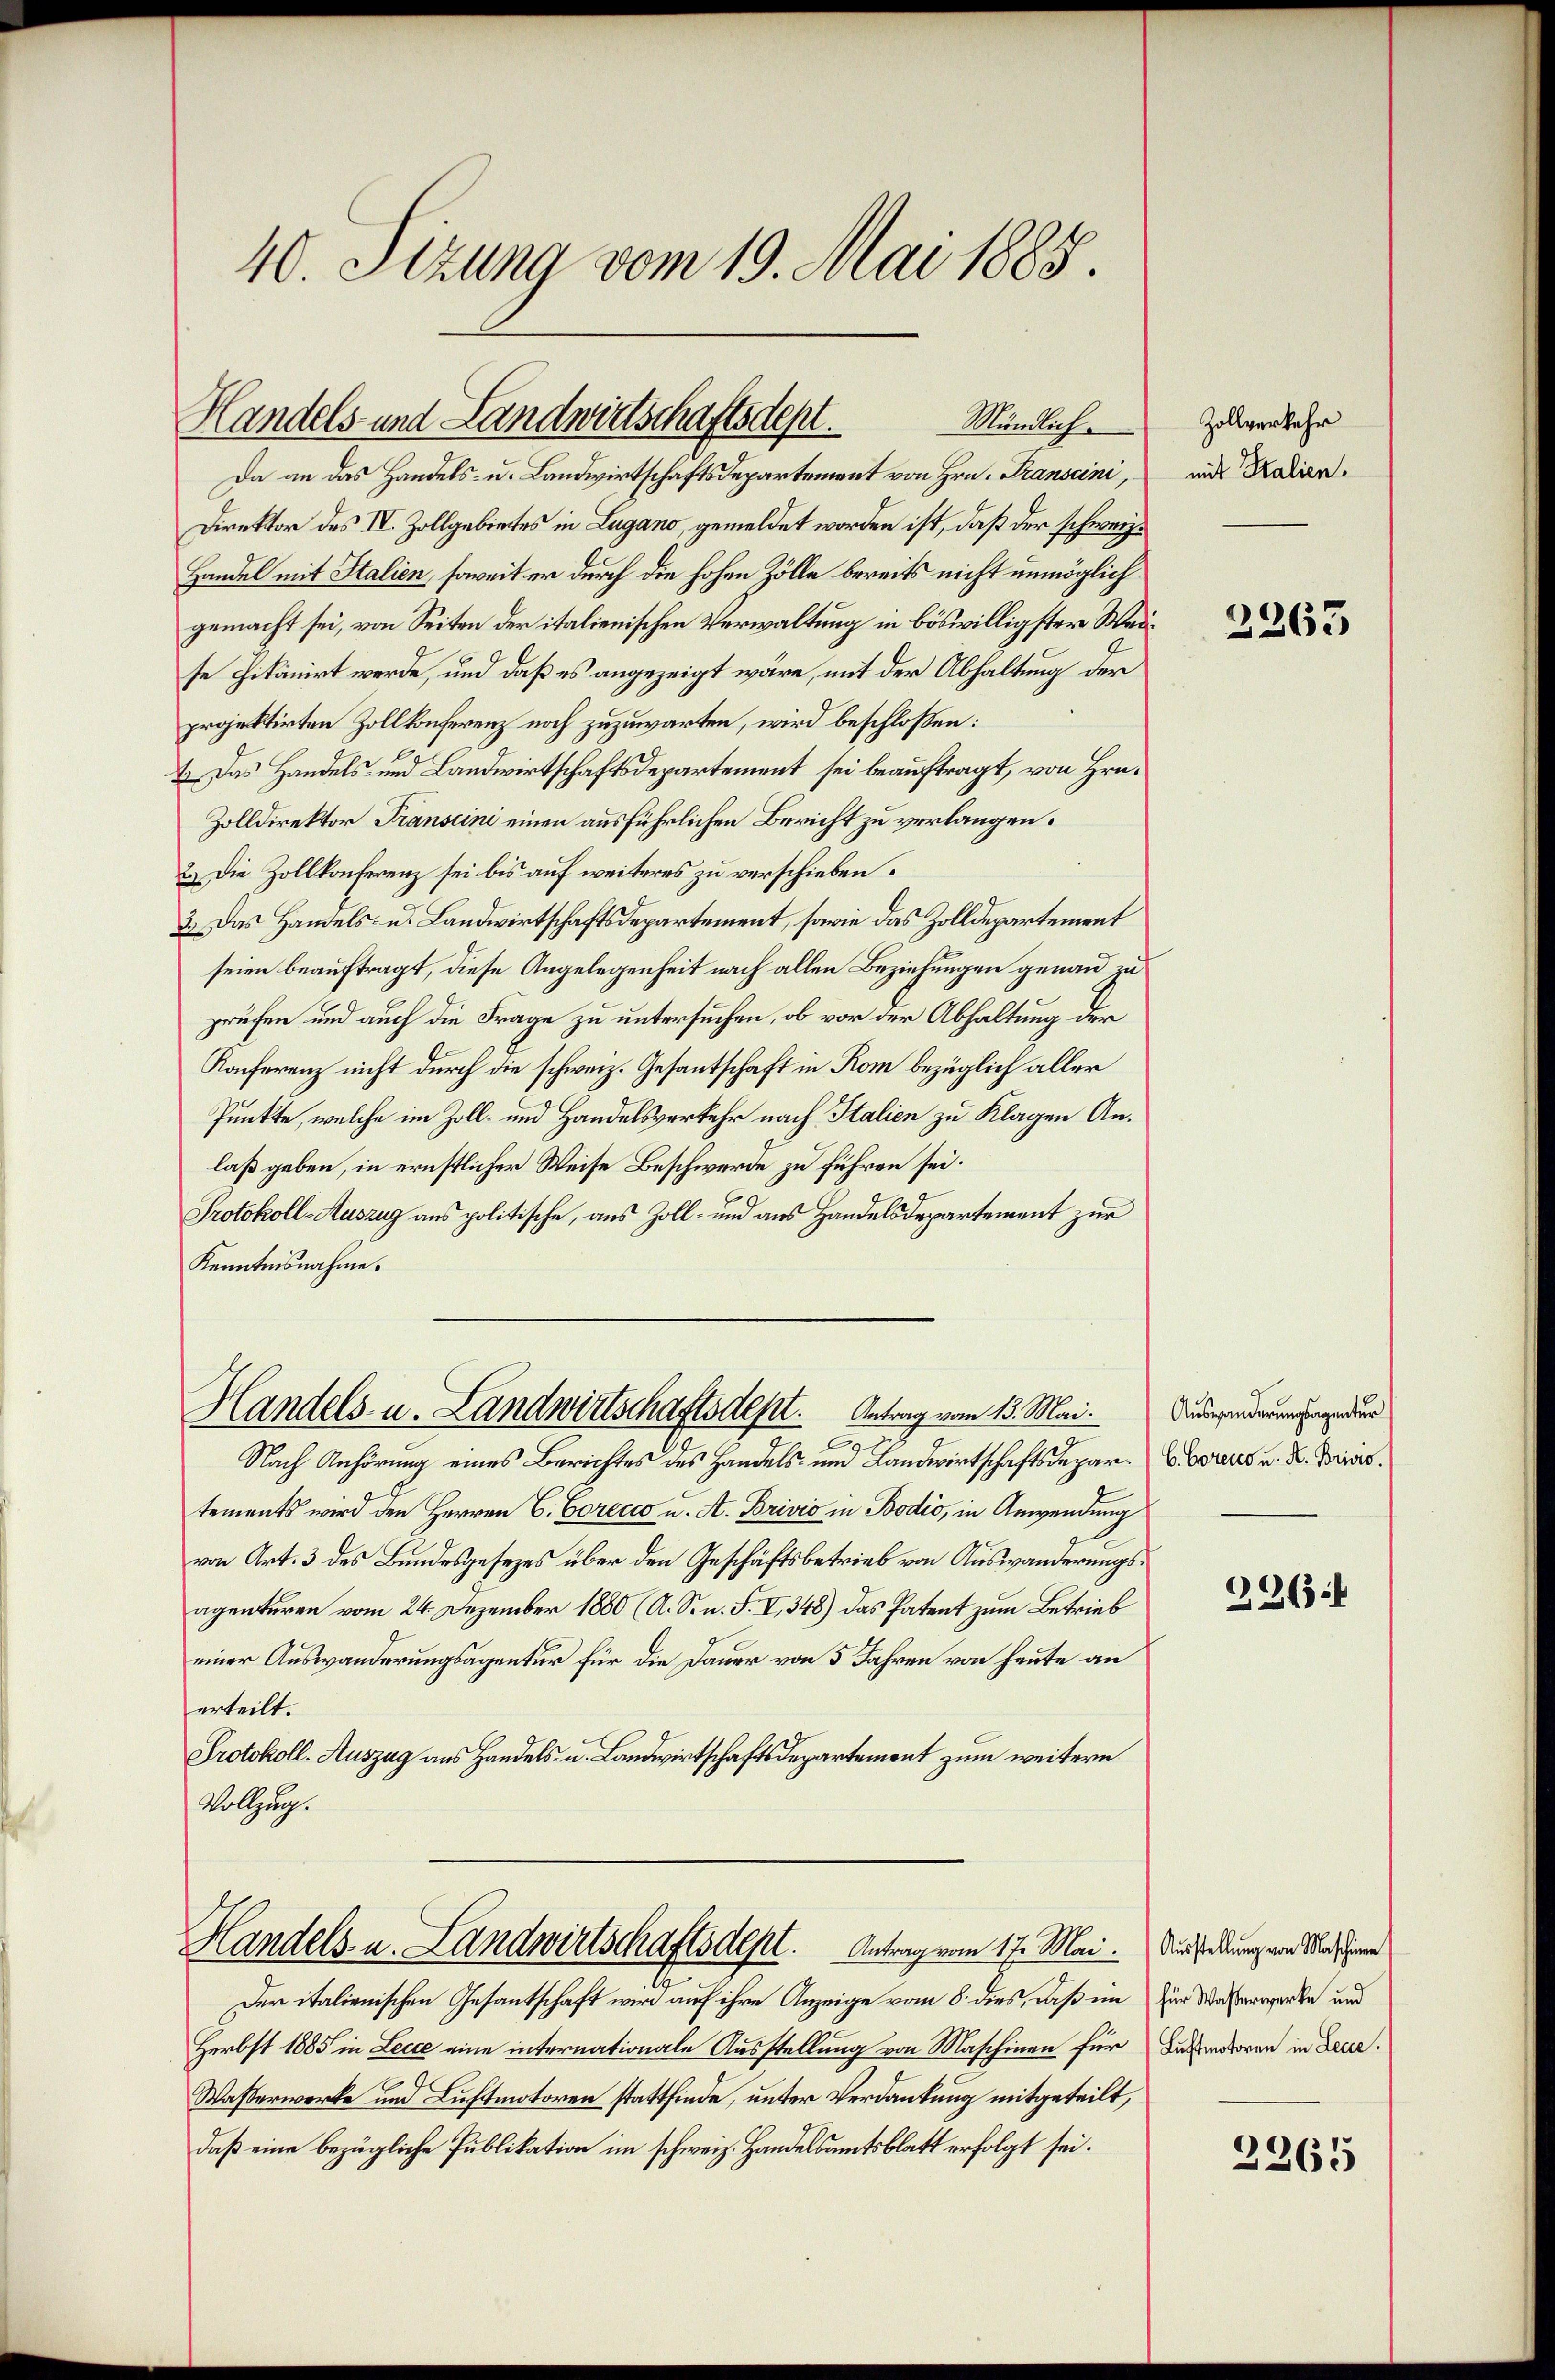
40. Sizung vom 19. Mai 1885.

Da an das Handels- u. Landwirtschaftsdepartement von Hrn. Transcini,
Direktor des IV. Zollgebietes in Lugano, gemeldet worden ist, daß der schweiz.
Handel mit Italien, soweit er durch die hohen Zölle bereits nicht unmöglich
gemacht sei, von Seiten der italienischen Verwaltung in böswilligster Weise citanirt werde, und daß es angezeigt wäre, mit der Abhaltung der
projektirten Zollkonferenz noch zuzuwarten, wird beschlossen:
t. Das Handels- und Landwirtschaftsdepartement sei beauftragt, von Hrn.
Zolldirektor Transcini einen ausführlichen Bericht zu verlangen.
2.) Die Zollkonferenz sei bis auf weiteres zu verschieben.
2.) Das Handels- u. Landwirtschaftsdepartement, sowie das Zolldepartement
seien beauftragt, diese Angelegenheit nach allen Beziehungen genau zu
prüfen und auch die Frage zu untersuchen, ob vor der Abhaltung der
Konferenz nicht durch die schweiz. Gesantschaft in Rom bezüglich aller
Punkte, welche im Zoll- und Handelsverkehr nach Italien zu Klagen Anlaß geben, in ernstlicher Weise Beschwerde zu führen sei.
Protokoll-Auszug aus politische, aus Zoll- und aus Handelsdepartement zur
Kenntnisnahme.

Handels- und Landwirtschaftsdept.
Mündlich

Handels- u. Landwirtschaftsdept.   Antrag vom 13. Mai.

Nach Anhörung eines Berichtes des Handels- und Landwirtschaftsdepar. Borers u. a. Dies
tements wird den Herren C. Corecco u. A. Brivio in Bodio, in Anwendung
von Art. 3 des Bundesgesezes über den Geschäftsbetrieb von Auswanderungsagenturen vom 24. Dezember 1880 (A. S. n. F. II, 348) das Patent zum Betrieb
einer Auswanderungsagentur für die Dauer von 5 Jahren von heute an
erteilt.
Protokoll. Auszug aus Handels- u. Landwirtschaftsdepartement zum weitern
Vollzug.

Handels- u. Landwirtschaftsdept. Antrag vom 17. Mai.

Der italienischen Gesantschaft wird auf ihre Anzeige vom 8. dies, daß im
Herbst 1885 in Lecce eine internationale Ausstellung von Maschinen für
Wasserwerke und Luftmotoren stattfinde, unter Verdankung mitgeteilt,
daß eine bezügliche Publikation im schweiz. Handelsamtsblatt erfolgt sei.

Zollverkehr
mit Stalien.

4)
263

Auswanderungsagentur

226.

Ausstellung von Maschiene
für Waßerwerke und
Luftmotoren in Lecce.

2265